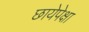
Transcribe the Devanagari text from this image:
छायेपेक्षा